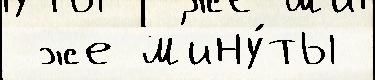
 же м'ину́ты